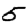
Digit: 5